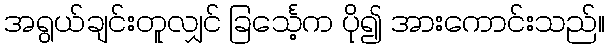
အရွယ်ချင်းတူလျှင် ခြင်္သေ့က ပို၍ အားကောင်းသည်။